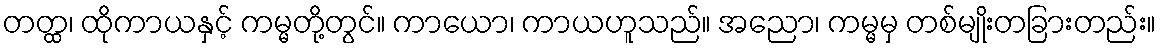
တတ္ထ၊ ထိုကာယနှင့် ကမ္မတို့တွင်။ ကာယော၊ ကာယဟူသည်။ အညော၊ ကမ္မမှ တစ်မျိုးတခြားတည်း။